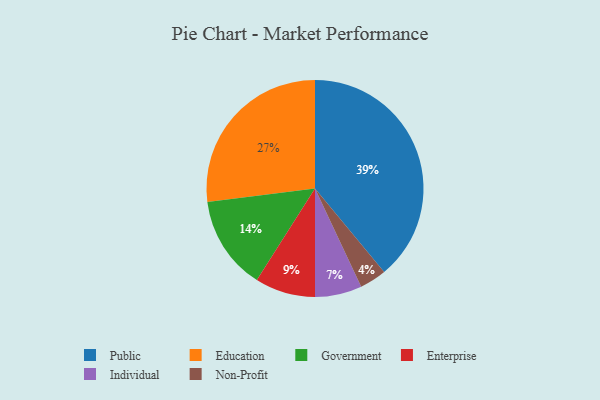
{"axis": {"x": "Category", "y": "Percentage"}, "legend": ["Education", "Enterprise", "Government", "Individual", "Non-Profit", "Public"], "data": [{"x": "Education", "y": 27, "type": "Education"}, {"x": "Individual", "y": 7, "type": "Individual"}, {"x": "Government", "y": 14, "type": "Government"}, {"x": "Non-Profit", "y": 4, "type": "Non-Profit"}, {"x": "Public", "y": 39, "type": "Public"}, {"x": "Enterprise", "y": 9, "type": "Enterprise"}]}